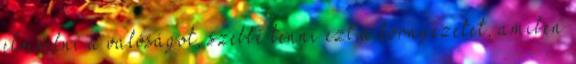
elviselni a valóságot, szebbé tenni ezt a környezetet, amiben